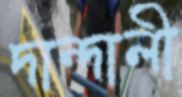
দান্দালী